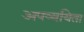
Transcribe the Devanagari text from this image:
अपव्ययिता